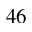
^ Ḋ 4 6 Ḍ